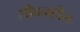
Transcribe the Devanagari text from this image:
सीवनहीन